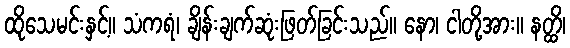
ထိုသေမင်းနှင့်။ သံကရံ၊ ချိန်းချက်ဆုံးဖြတ်ခြင်းသည်။ နော၊ ငါတို့အား။ နတ္ထိ၊